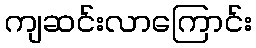
ကျဆင်းလာကြောင်း